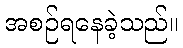
အစဉ်ရနေခဲ့သည်။